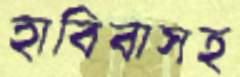
হাবিবাসহ